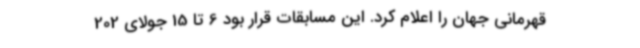
قهرمانی جهان را اعلام کرد. این مسابقات قرار بود 6 تا 15 جولای 202